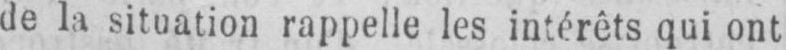
de la situation rappelle les intérêts qui ont